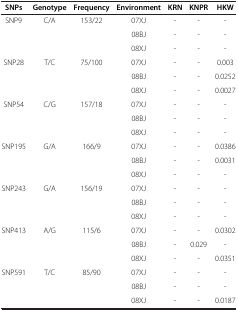
| SNPs | Genotype | Frequency | Environment | KRN | KNPR | HKW |
 | --- | --- | --- | --- | --- | --- | --- |
 | <ROWSPAN=3> SNP9 | <ROWSPAN=3> C/A | <ROWSPAN=3> 153/22 | 07XJ | - | - | - |
 | 08BJ | - | - | - |
 | 08XJ | - | - | - |
 | <ROWSPAN=3> SNP28 | <ROWSPAN=3> T/C | <ROWSPAN=3> 75/100 | 07XJ | - | - | 0.003 |
 | 08BJ | - | - | 0.0252 |
 | 08XJ | - | - | 0.0027 |
 | <ROWSPAN=3> SNP54 | <ROWSPAN=3> C/G | <ROWSPAN=3> 157/18 | 07XJ | - | - | - |
 | 08BJ | - | - | - |
 | 08XJ | - | - | - |
 | <ROWSPAN=3> SNP195 | <ROWSPAN=3> G/A | <ROWSPAN=3> 166/9 | 07XJ | - | - | 0.0386 |
 | 08BJ | - | - | 0.0031 |
 | 08XJ | - | - | - |
 | <ROWSPAN=3> SNP243 | <ROWSPAN=3> G/A | <ROWSPAN=3> 156/19 | 07XJ | - | - | - |
 | 08BJ | - | - | - |
 | 08XJ | - | - | - |
 | <ROWSPAN=3> SNP413 | <ROWSPAN=3> A/G | <ROWSPAN=3> 115/6 | 07XJ | - | - | 0.0302 |
 | 08BJ | - | 0.029 | - |
 | 08XJ | - | - | 0.0351 |
 | <ROWSPAN=3> SNP591 | <ROWSPAN=3> T/C | <ROWSPAN=3> 85/90 | 07XJ | - | - | - |
 | 08BJ | - | - | - |
 | 08XJ | - | - | 0.0187 |